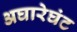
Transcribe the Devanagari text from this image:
अघारेघंट